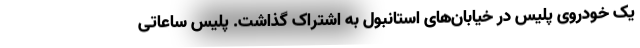
یک خودروی پلیس در خیابان‌های استانبول به اشتراک گذاشت. پلیس ساعاتی